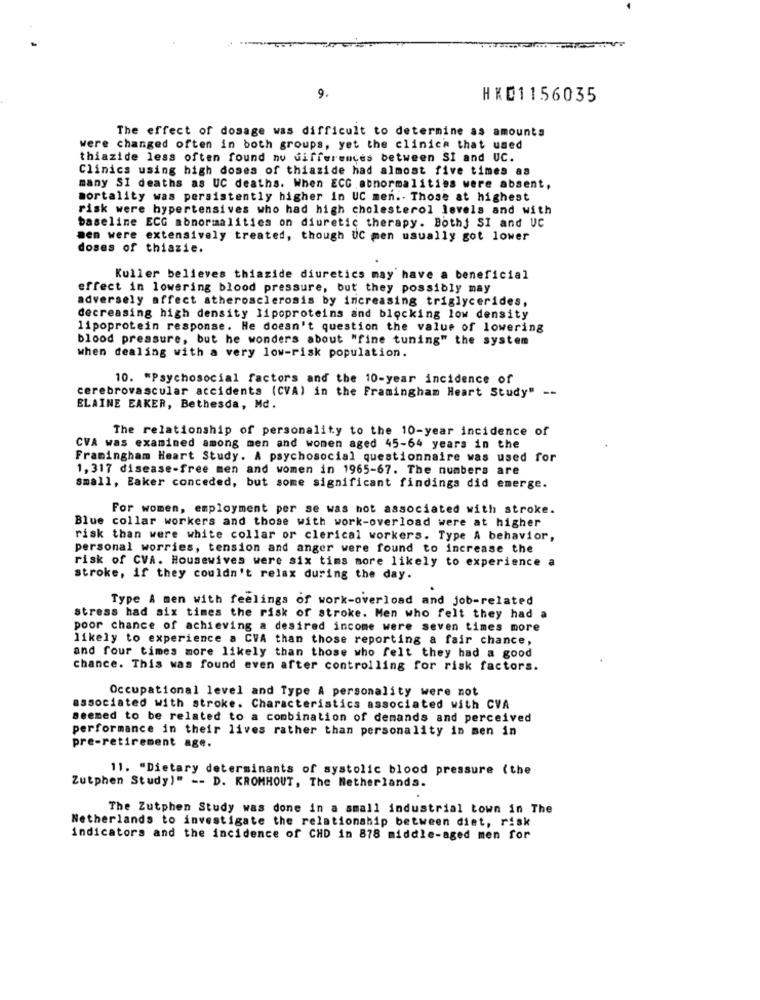
9.
HKD1156035
The effect of dosage was difficult to determine as amounts
were changed often in both groups, yet the clinica that used
thiazide less often found no differences between SI and UC.
Clinics using high doses of thiazide had almost five times as
many SI deaths as UC deaths. When ECC abnormalities were absent,
mortality was persistently higher in UC men .. Those at highest
risk were hypertensives who had high cholesterol levels and with
baseline ECG abnormalities on diuretic therapy. Bothj SI and UC
men were extensively treated, though UC men usually got lower
doses of thiazie.
Kuller believes thiazide diuretics may have a beneficial
effect in lowering blood pressure, but they possibly may
adversely affect atherosclerosis by increasing triglycerides,
decreasing high density lipoproteins and blocking low density
lipoprotein response. He doesn't question the value of lowering
blood pressure, but he wonders about "fine tuning" the system
when dealing with a very low-risk population.
10. "Psychosocial factors and the 10-year incidence of
cerebrovascular accidents (CVA) in the Framingham Heart Study" --
ELAINE EAKER, Bethesda, Md.
The relationship of personality to the 10-year incidence of
CVA was examined among men and women aged 45-64 years in the
Framingham Heart Study. A psychosocial questionnaire was used for
1, 317 disease-free men and women in 1965-67. The numbers are
small, Eaker conceded, but some significant findings did emerge.
For women, employment per se was not associated with stroke.
Blue collar workers and those with work-overload were at higher
risk than were white collar or clerical workers. Type A behavior,
personal worries, tension and anger were found to increase the
risk of CVA. Housewives were six tims more likely to experience a
stroke, if they couldn't relax during the day.
Type & men with feelings of work-overload and job-related
stress had six times the risk of stroke. Men who felt they had a
poor chance of achieving a desired income were seven times more
likely to experience a CVA than those reporting a fair chance,
and four times more likely than those who felt they had a good
chance. This was found even after controlling for risk factors.
Occupational level and Type A personality were not
associated with stroke. Characteristics associated with CVA
seemed to be related to a combination of demands and perceived
performance in their lives rather than personality in men in
pre-retirement age.
11. "Dietary determinants of systolic blood pressure (the
Zutphen Study)" -- D. KROMHOUT, The Netherlands.
The Zutphen Study was done in a small industrial town in The
Netherlands to investigate the relationship between diet, risk
indicators and the incidence of CHD in 878 middle-aged men for